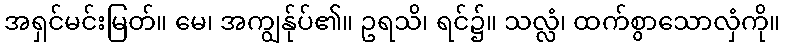
အရှင်မင်းမြတ်။ မေ၊ အကျွန်ုပ်၏။ ဥရသိ၊ ရင်၌။ သလ္လံ၊ ထက်စွာသောလှံကို။